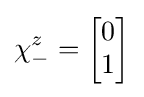
\chi _{-}^{z}={\begin{bmatrix}0\\1\\\end{bmatrix}}